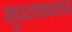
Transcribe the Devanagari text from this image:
मुघलकाळात